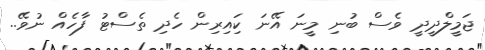
ޖަމީލްދީދީ ވެސް ބުނި މީނަ އޭނަ ކަިއިރިން ހެދި ތެސްޓު ފާހެއް ނުވޭ..